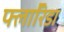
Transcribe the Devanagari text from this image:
फ्लाॅरिडा